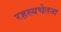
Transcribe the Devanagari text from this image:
रहस्यचेतना